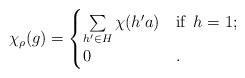
LaTeX: \begin{align*}\chi_\rho(g)=\begin{cases} \sum\limits_{h'\in H}\chi(h'a) & \textrm{if } \, h=1;\\0 & .\end{cases}\end{align*}